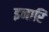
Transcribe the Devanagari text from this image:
इनारि